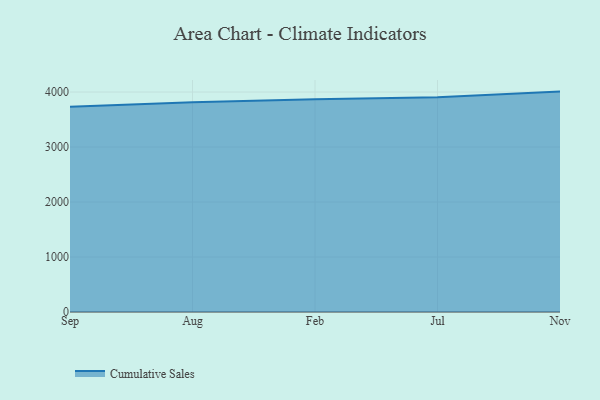
{"axis": {"x": "Month", "y": "Operating Costs (USD K)"}, "legend": ["Cumulative Sales"], "data": [{"x": "Sep", "y": 3733.8, "type": "Cumulative Sales"}, {"x": "Aug", "y": 3814.0, "type": "Cumulative Sales"}, {"x": "Feb", "y": 3869.8, "type": "Cumulative Sales"}, {"x": "Jul", "y": 3905.1, "type": "Cumulative Sales"}, {"x": "Nov", "y": 4007.7, "type": "Cumulative Sales"}]}